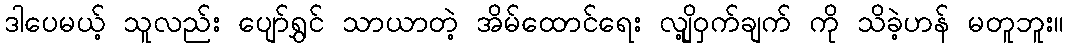
ဒါပေမယ့် သူလည်း ပျော်ရွှင် သာယာတဲ့ အိမ်ထောင်ရေး လျို့ဝှက်ချက် ကို သိခဲ့ဟန် မတူဘူး။